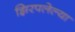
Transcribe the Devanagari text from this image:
झिरपलेल्या